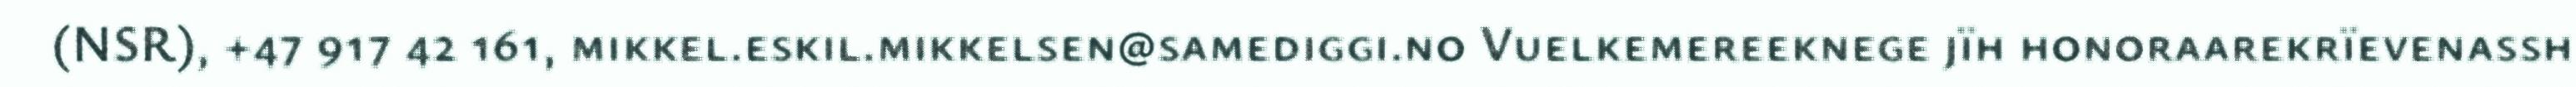
(NSR), +47 917 42 161, mikkel.eskil.mikkelsen@samediggi.no Vuelkemereeknege jïh honoraarekrïevenassh